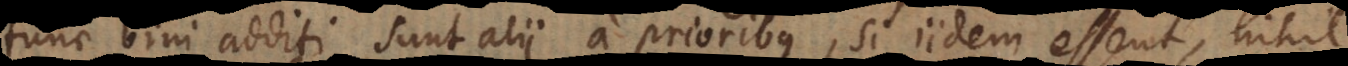
tunc bini additi sunt alii a prioribus; si iidem essent, nihil